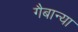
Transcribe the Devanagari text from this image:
गैबान्या